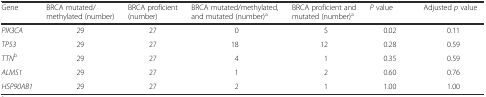
<table><thead><tr><td><b>Gene</b></td><td><b>BRCA mutated/methylated (number)</b></td><td><b>BRCA proficient (number)</b></td><td><b>BRCA mutated/methylated, and mutated (number)<sup>a</sup></b></td><td><b>BRCA proficient and mutated (number)<sup>a</sup></b></td><td><b><i>P</i> value</b></td><td><b>Adjusted <i>p</i> value</b></td></tr></thead><tbody><tr><td><i>PIK3CA</i></td><td>29</td><td>27</td><td>0</td><td>5</td><td>0.02</td><td>0.11</td></tr><tr><td><i>TP53</i></td><td>29</td><td>27</td><td>18</td><td>12</td><td>0.28</td><td>0.59</td></tr><tr><td><i>TTN</i><sup>b</sup></td><td>29</td><td>27</td><td>4</td><td>1</td><td>0.35</td><td>0.59</td></tr><tr><td><i>ALMS1</i></td><td>29</td><td>27</td><td>1</td><td>2</td><td>0.60</td><td>0.76</td></tr><tr><td><i>HSP90AB1</i></td><td>29</td><td>27</td><td>2</td><td>1</td><td>1.00</td><td>1.00</td></tr></tbody></table>